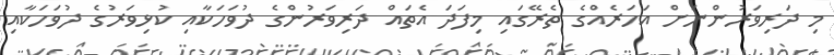
މި ދަރިވަރުންނަށް އަހަރެއްގެ ތެރޭގައި މިފަދަ އެތައް ދަރިވަރުންގެ ދުވަހަކާއި ކުޅިވަރުގެ ދުވަހަކާއި